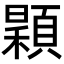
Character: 𩔏